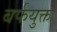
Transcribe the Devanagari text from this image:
बर्फयुक्त